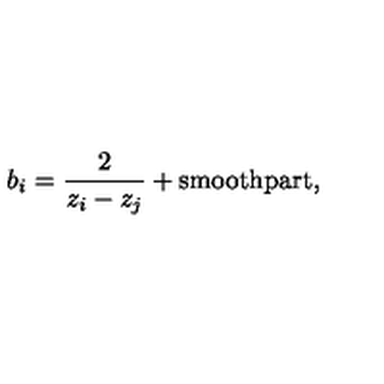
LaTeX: b _ { i } = \frac { 2 } { z _ { i } - z _ { j } } + \mathrm { { s m o o t h p a r t } } ,